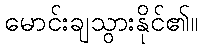
မောင်းချသွားနိုင်၏။